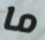
ما